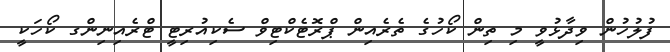
ފުލުހުން ވިދާޅުވީ މި ތިން ކޯހުގެ ތެރެއިން ޕްރޮޓެކްޓިވް ސެކިއުރިޓީ ޓްރެއިނިންގ ކޯހަކީ